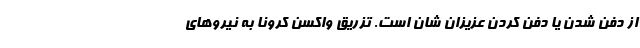
از دفن شدن یا دفن کردن عزیزان شان است. تزریق واکسن کرونا به نیروهای